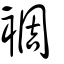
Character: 裯